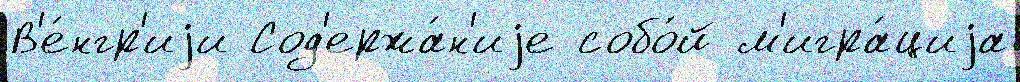
В'е́нгр'иjи Сод'ержа́н'иjе собо́й м'игра́циjа